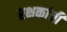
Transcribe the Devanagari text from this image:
रक्षकांची